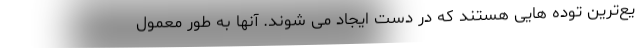
یع‌ترین توده هایی هستند که در دست ایجاد می شوند. آنها به طور معمول